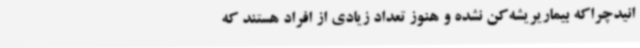
انیدچراکه بیماریریشه‌کن نشده و هنوز تعداد زیادی از افراد هستند که